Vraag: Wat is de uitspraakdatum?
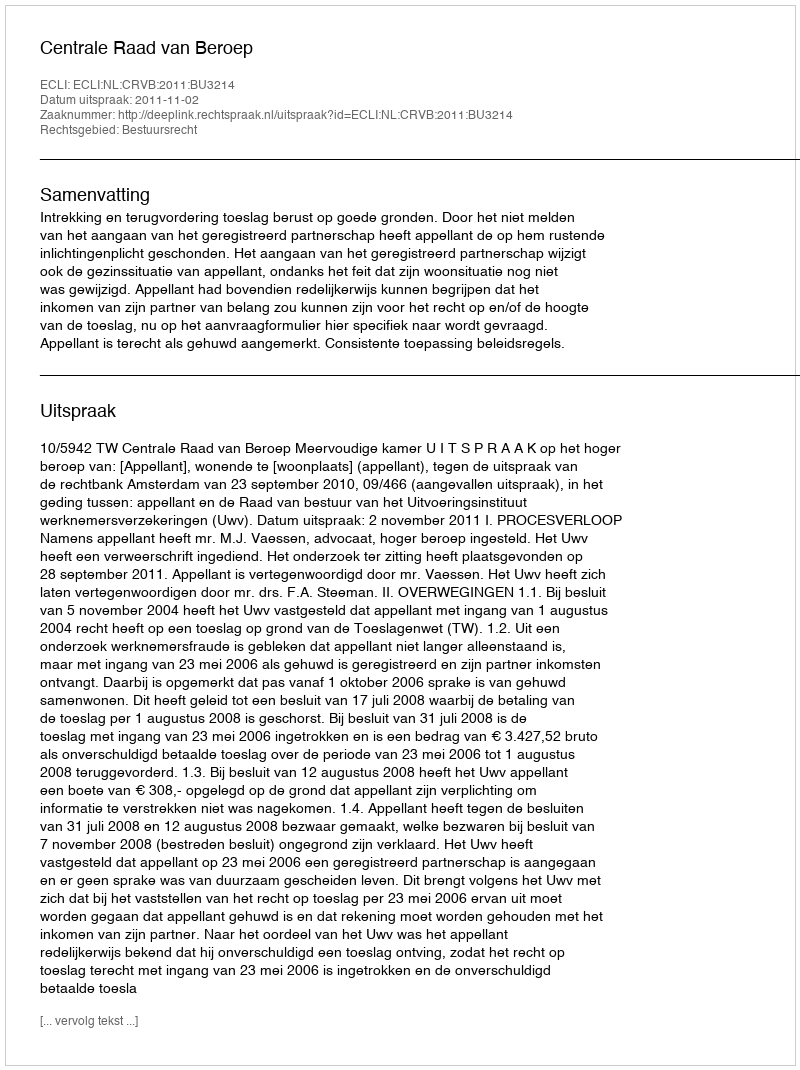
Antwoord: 2011-11-02